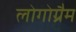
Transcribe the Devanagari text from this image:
लोगोग्रैम